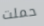
حملت